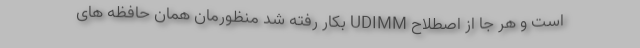
است و هر جا از اصطلاح UDIMM بکار رفته شد منظورمان همان حافظه های